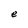
Character: e